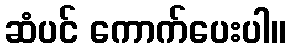
ဆံပင် ကောက်ပေးပါ။